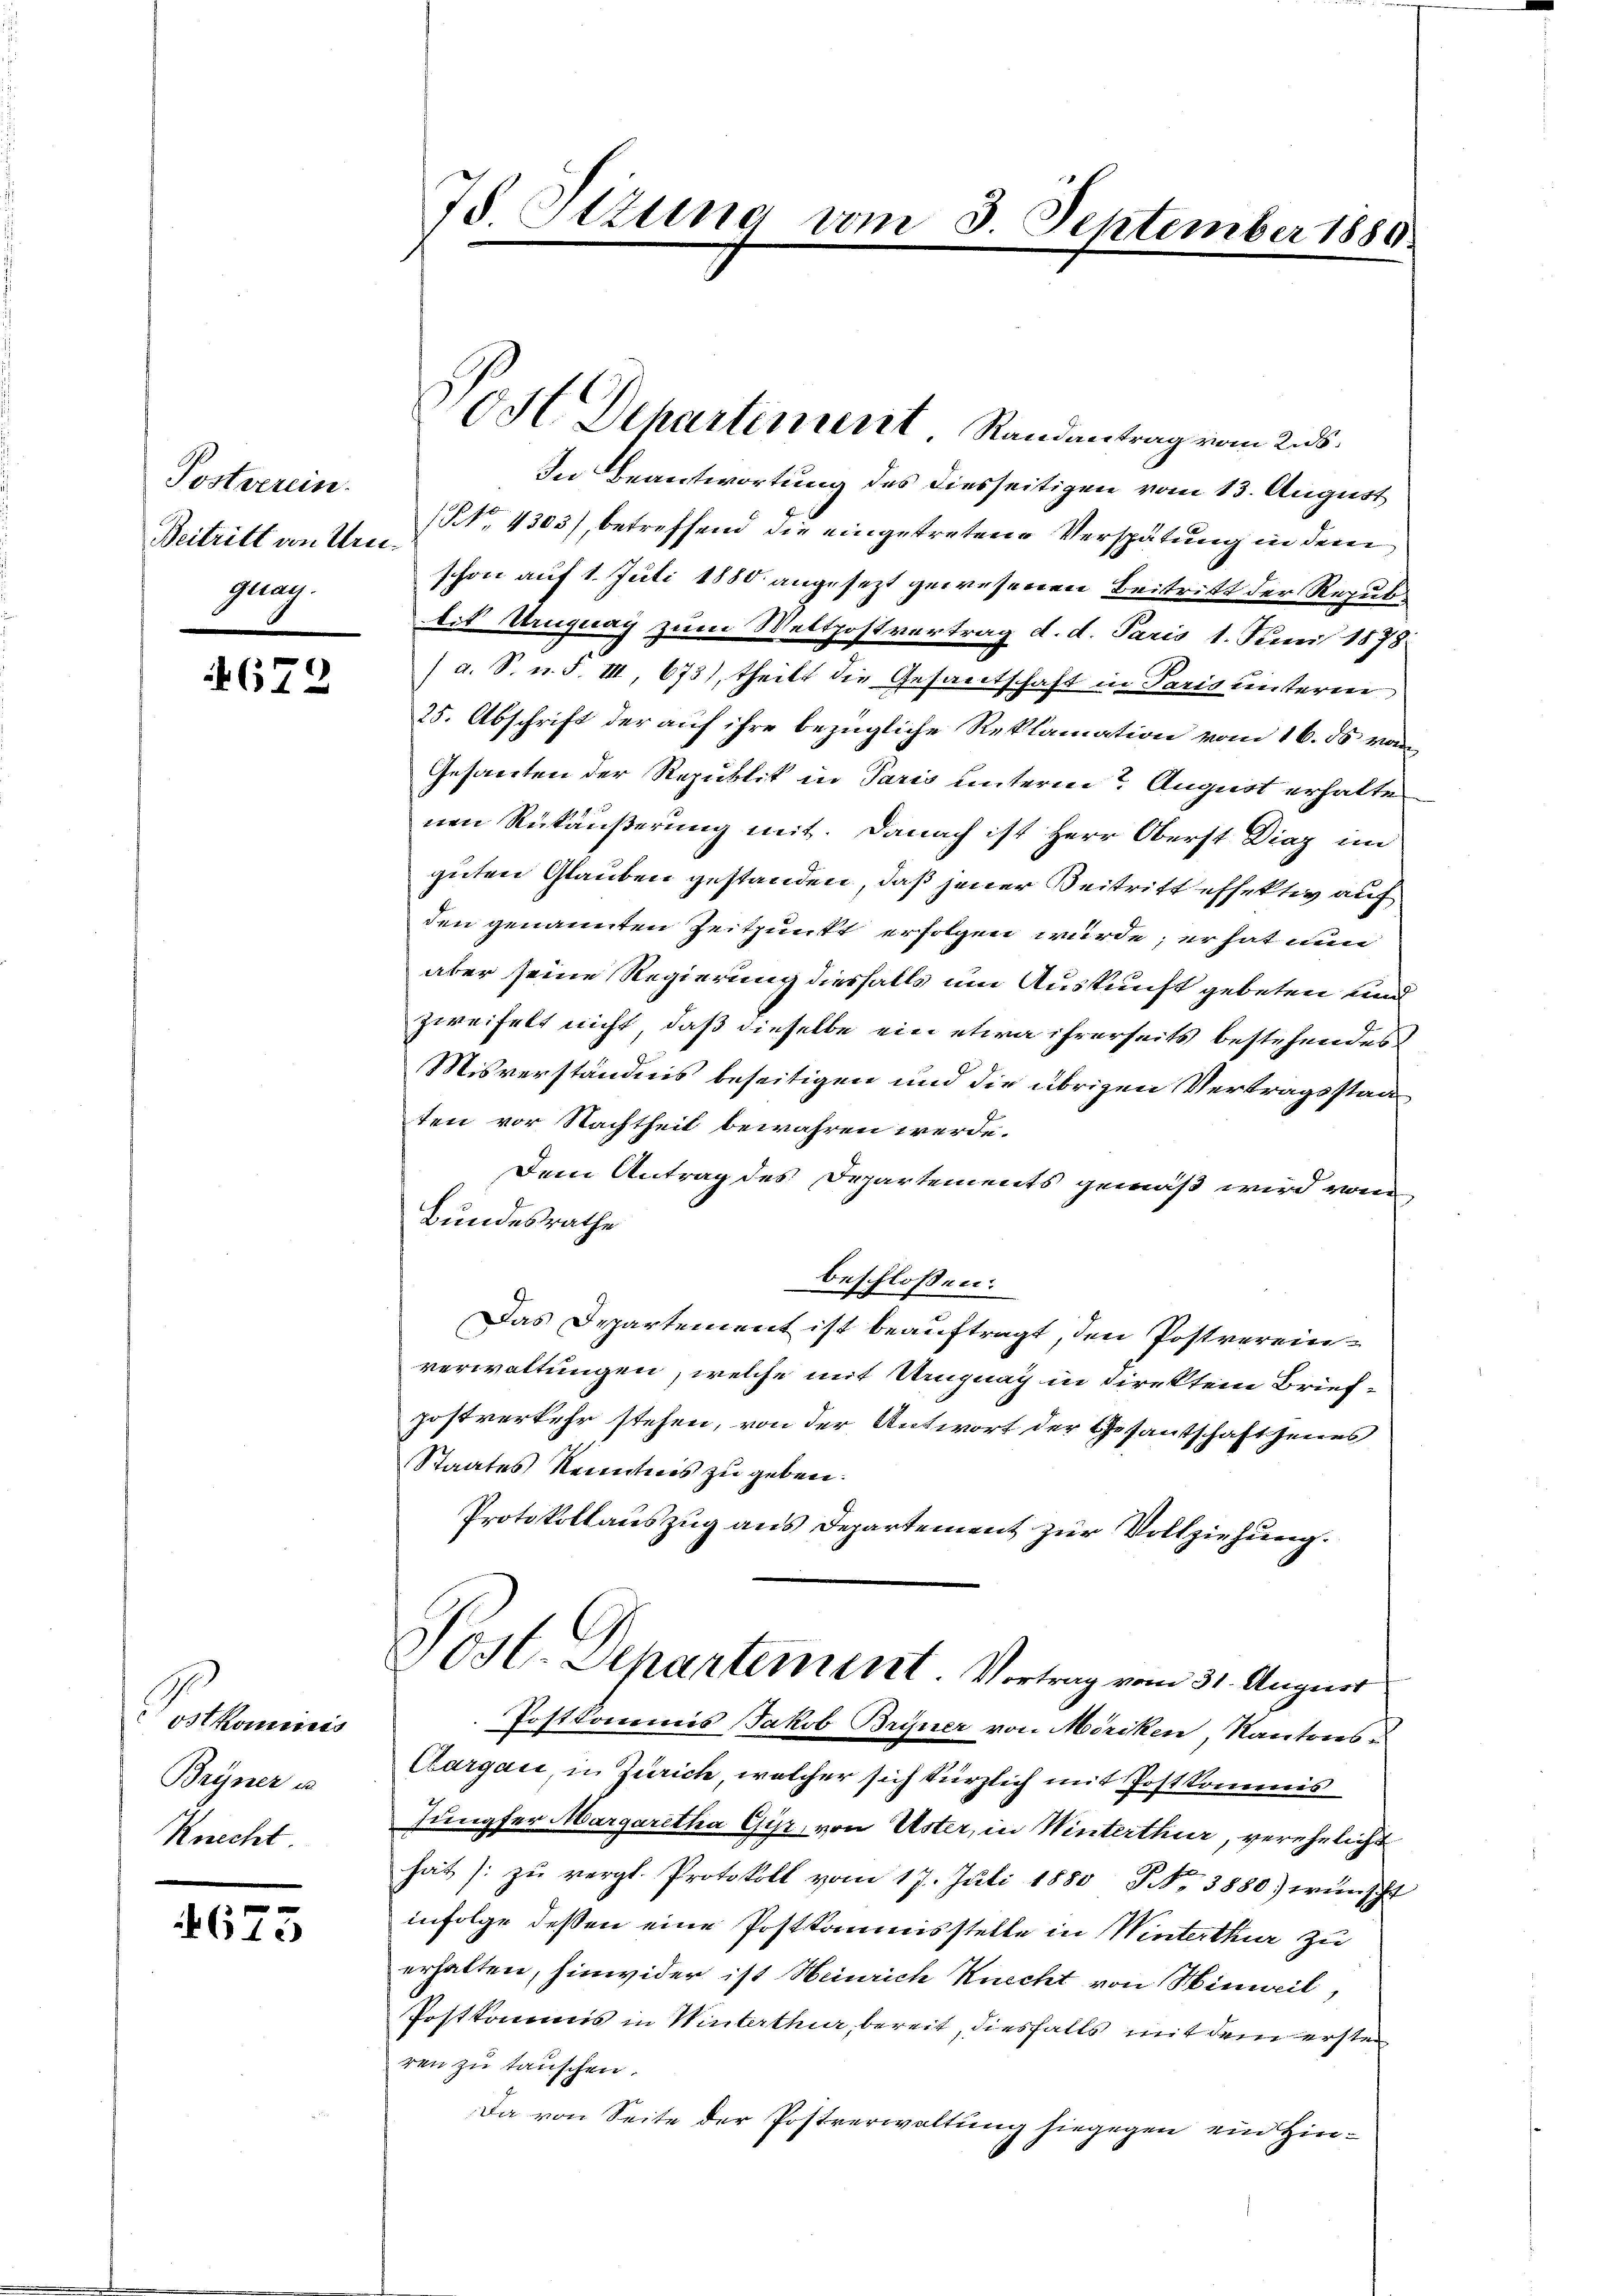
Postverein.
Beitritt von Ureiguay.

4672

Postkominis
Bryner u
Knecht

4675

75 Otzung vom 3. September 1889.

In Beantwortung des diesseitigen vom 13. August
(No. 4303), betreffend die eingetretene Verspätung in dem
schon auf 1. Juli 1880 angesezt gewesenen Beitritt der Repub
tit Uruguay zum Weltpostvertrag d. d. Paris 1. Juni 1878
/ a. S. n. F. III, 673), theilt die Gesantschaft in Paris unterner
25. Abschrift der auf ihre bezügliche Reklamation vom 16. ds vom
Gesanten der Republik in Paris unterm August erhalte
nen Rükäußerung mit. Danach ist Herr Oberst Diaz im
guten Glauben gestanden, daß jener Beitritt effektiv auf
den genannten Zeitpunkt erfolgen würde; er hat nun
aber seine Regierung diesfalls um Auskunft gebeten und
zweifelt nicht, daß dieselbe ein etwa ihrerseits bestehendes
Misverständnis beseitigen und die übrigen Vertragsstaa
ten vor Nachtheit bewahren werde.
Dem Antrag des Departements gemäß wird vom
Bundesrathe
beschlossen:
Das Departement ist beauftragt, den Postvereinverwaltungen, welche mit Ungnag in direkten Briefpostverkehr stehen, von der Antwort der Gesantschaft jenes
Staates Kenntnis zu geben.
Protokollauszug aus Departement zur Vollziehung.
Sost. Departement Vortrag vom 31. August
Postkommis Jakob Bryner von Möriken, Kantons¬
Cargau in Zürich, welcher sich kürzlich mit Postkommis
Jungfer Margaretha Gyr, von Uster, in Winterthur, verehelicht
hat zu vergl. Protokoll vom 17. Juli 1880, No 3880) wünscht
infolge dessen eine Postkommisstelle in Winterthur zu
erhalten, hinwider ist Heinrich Knecht von Hinweil,
Postkommis in Winterthur, bereit, diesfalls mit dem ersten
ren zu tauschen.
Da von Seite der Postverwaltung hiegegen ein Hin¬

0dt. Departement Randantrag vom 28.